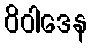
ဝိဝါဒေန